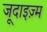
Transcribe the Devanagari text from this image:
जूदाइज़्म